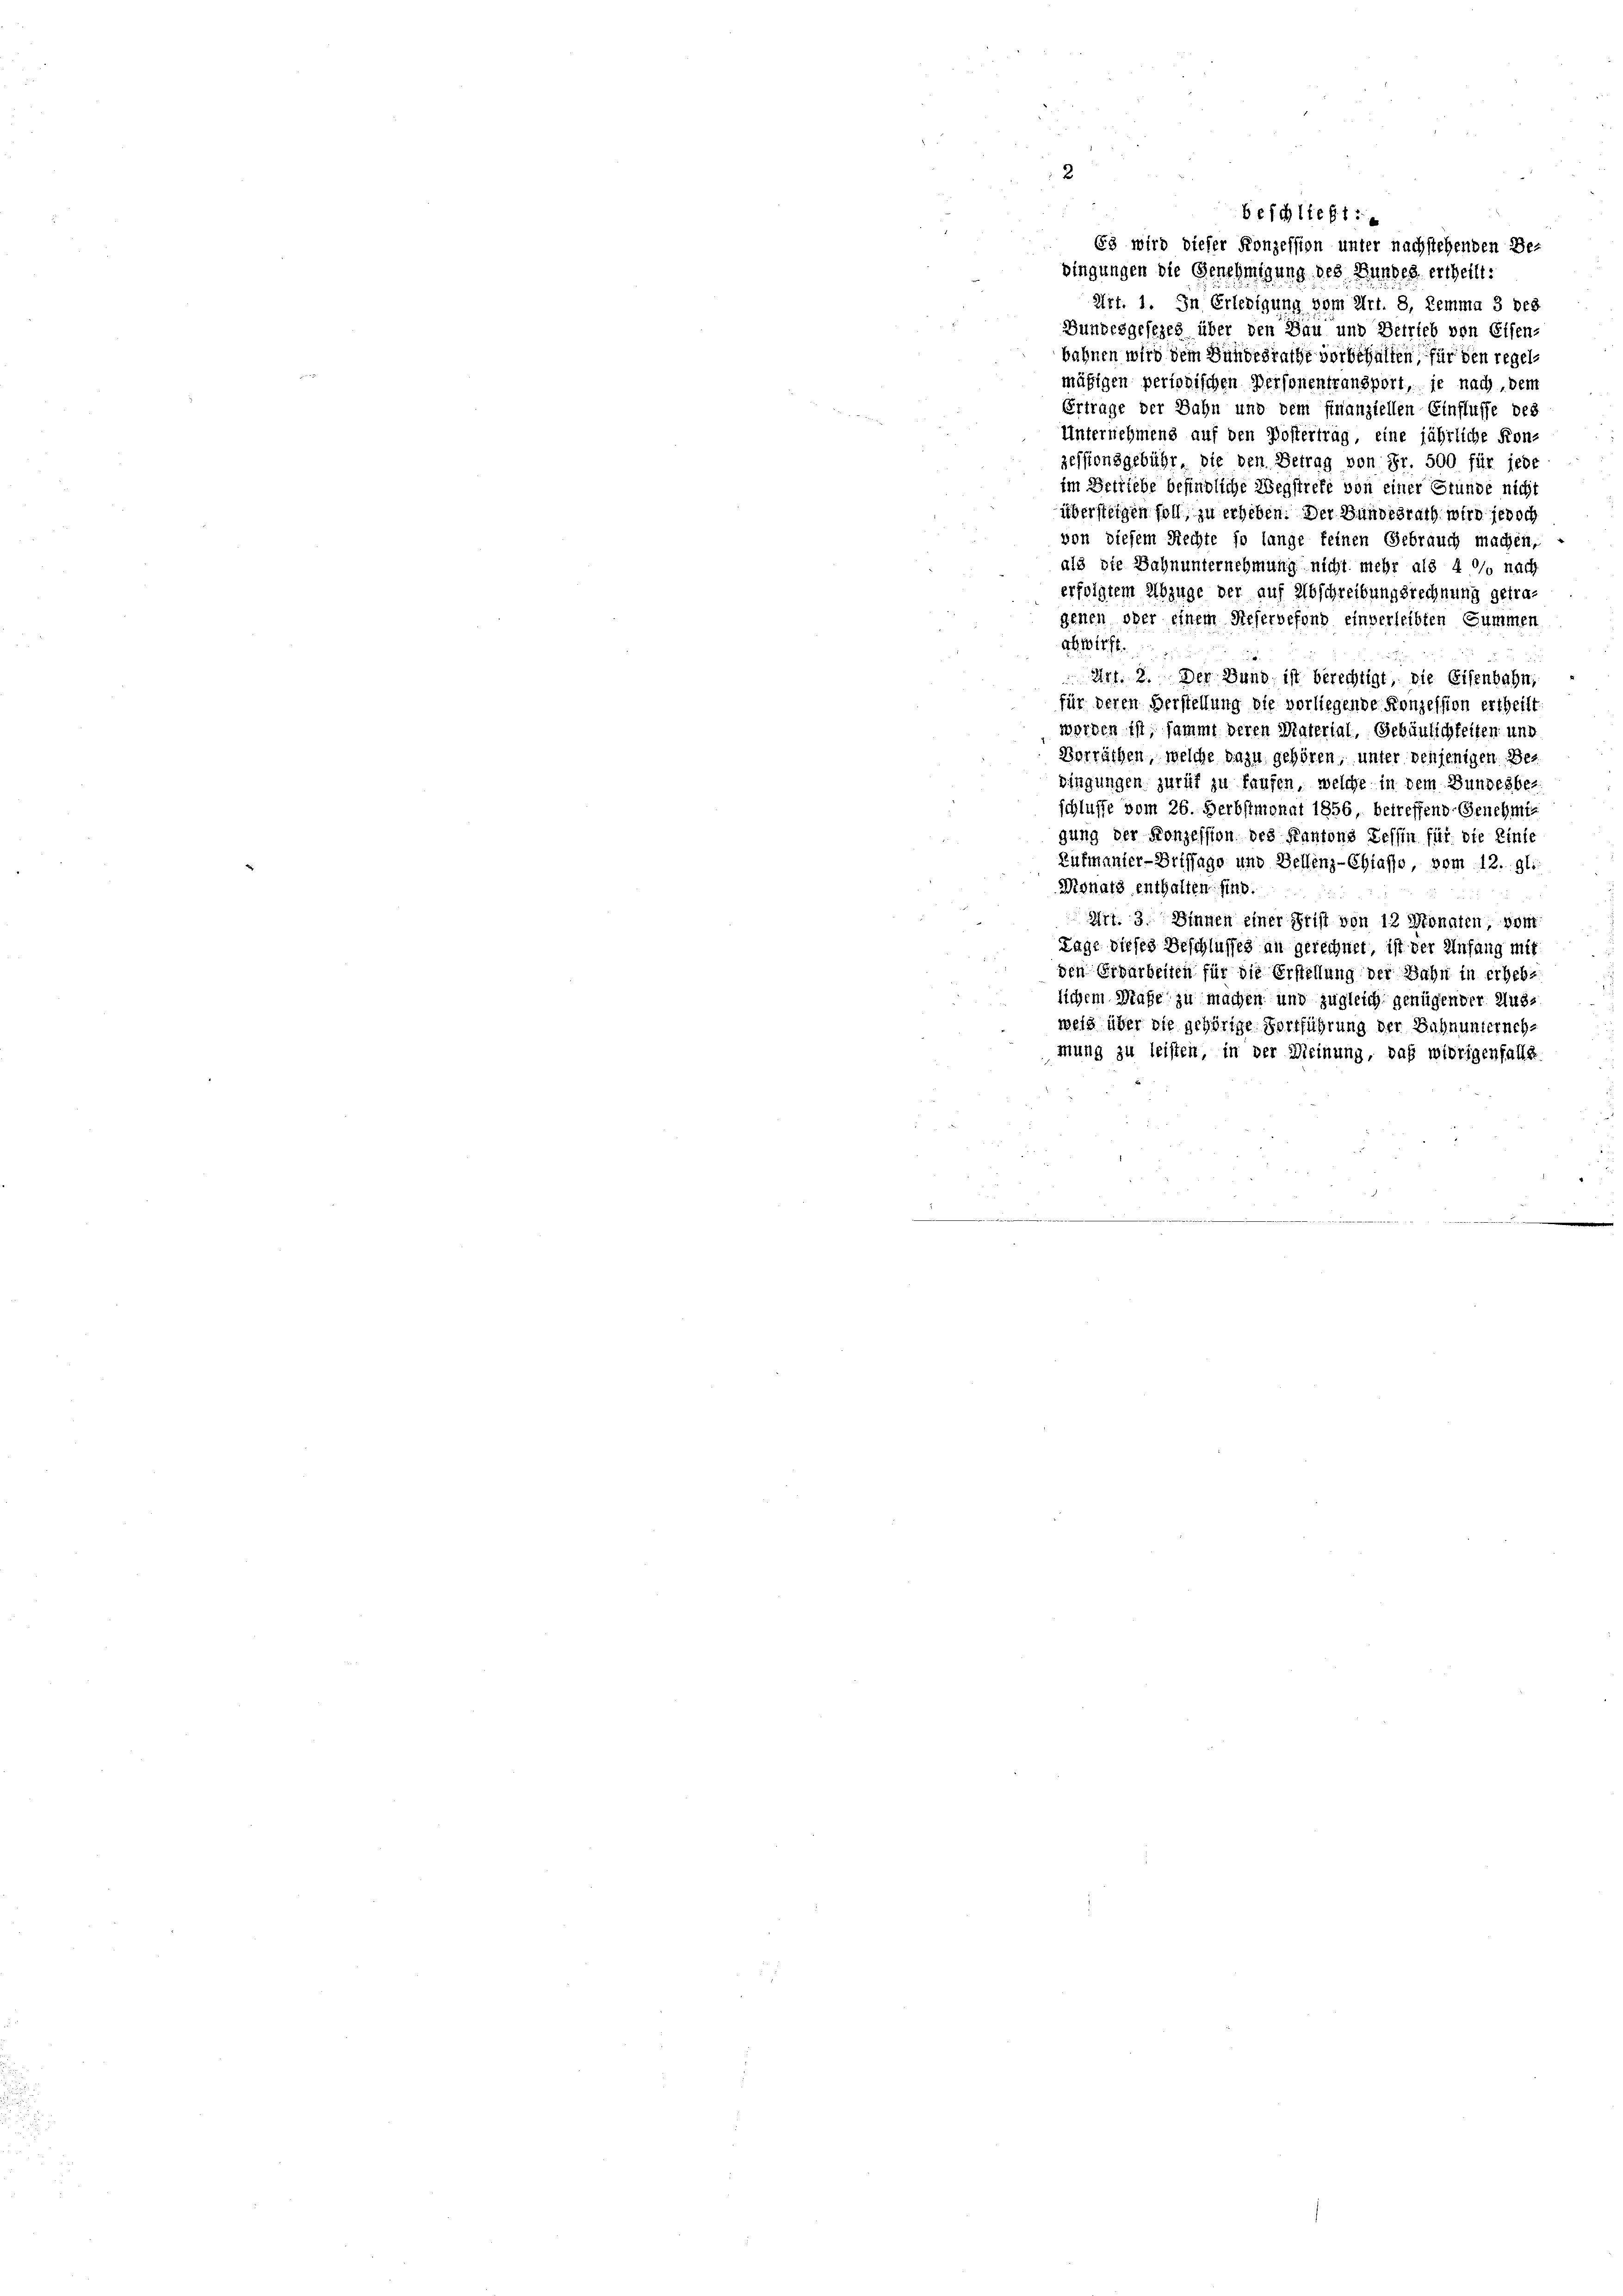
63 wird dieser Konzession unter nachstehenden Be-
dingungen die Genehmigung des Bundes ertheilt.
Art. 1. In Erledigung vom Art. 8, Lemma 3 bes
Bundesgesezes über den Dan und Betrieb von Eisen-
bahnen wird dem Bundesrathe vorbehalten, für den regelmäßigen periodischen Personentransport, je nach, dem
Ertrage der Bahn und dem Finanziellen Einflusse des
Unternehmens auf den Postertrag, eine jährliche Kon-
zessionsgebühr, die den Betrag von Fr. 500 für jede
im Betriebe befindliche Wegstrete von einer Grunde nicht
übersteigen soll, zu erheben. Der Bundesrath wird jedoch
von diesem Rechte so lange feinen Gebrauch machen,
als die Bahnunternehmung nicht mehr als 4 % nach
erfolgtem Abzuge der auf Abschreibungsrechnung getragenen oder einem Reservefond einverleibten Summen
abwirft.
Art. 8. Der Bund, ist berechtigt, die Eisenbahn,
für deren Verstellung die vorliegende Konzession ertheilt.
werden ist, sammt deren Material, Gebäulichkeiten und
Vorräthen, welche dazu gehören, unter denjenigen Beringungen zurük zu Laufen, welche in dem Bundesbe-
schlusse vom 26. Herbstmonat 1856 betreffend Genehmigung der Konzession des Kantons Tessin für die Einte
Aufmanier-Brissage und Bellenz-Chiasso, vom 12. gl.
Monats enthalten sind.
Art. 3. Sinnen einer Frist von 12 Monaten, vom
Lage dieses Beschlusses an gerechnet, ist der Anfang mit
den Erwarbeiten für die Erstellung der Bahn in erheb-
lichem Maße zu machen und zugleich genügender Ausweid über die gehörige Fortführung der Bahnunternehmung zu leisten, in der Meinung, daß widrigenfalle

beschließt: